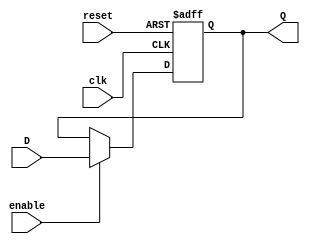
//Diego A. Mndez
//Ejercicio 1

//FlipFlop de 2bit
module ffD(input clk, reset, enable, input D, output reg Q);

    always @(posedge clk, posedge reset) begin
      //Hacemos que el reset haga Q = 0
      if (reset) begin
        Q <= 0;
        end
      //Hacemos que el Enable funcione
      else if (enable) begin
        Q <= D;
        end
      end //Always

endmodule

module ffD4B (input clk, reset, enable, input[3:0] D, output wire[3:0] Q);
    ffD U1(clk, reset, enable, D[0], Q[0]);
    ffD U2(clk, reset, enable, D[1], Q[1]);
    ffD U3(clk, reset, enable, D[2], Q[2]);
    ffD U4(clk, reset, enable, D[3], Q[3]);

endmodule // ffD4B